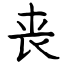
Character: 丧